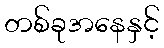
တစ်ခုအနေနှင့်